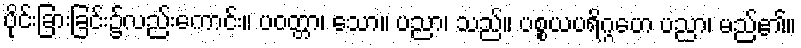
ပိုင်းခြားခြင်း၌လည်းကောင်း။ ပဝတ္တာ၊ သော။ ပညာ၊ သည်။ ပစ္စယပရိဂ္ဂဟေ ပညာ၊ မည်၏။